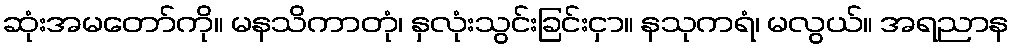
ဆုံးအမတော်ကို။ မနသိကာတုံ၊ နှလုံးသွင်းခြင်းငှာ။ နသုကရံ၊ မလွယ်။ အရညာန